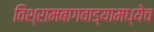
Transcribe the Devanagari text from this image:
विश्रामबागवाड्यामध्येच